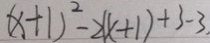
( x + 1 ) ^ { 2 } - 2 ( x + 1 ) + 3 - 3 .